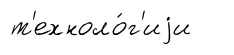
т'ехноло́г'иjи